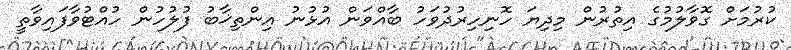
ކުރުމަށް ގޮވާލުމުގެ އިތުރުން މިދިޔަ ހޮނިހިރުދުވަހު ބާއްވަން އުޅުނު އިންތިޚާބު ފުލުހުން ހުއްޓުވާފައިވާތީ